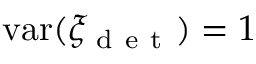
\mathrm { v a r } ( \xi _ { \mathrm { ~ d ~ e ~ t ~ } } ) = 1